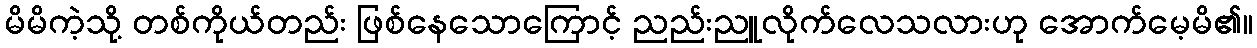
မိမိကဲ့သို့ တစ်ကိုယ်တည်း ဖြစ်နေသောကြောင့် ညည်းညူလိုက်လေသလားဟု အောက်မေ့မိ၏။